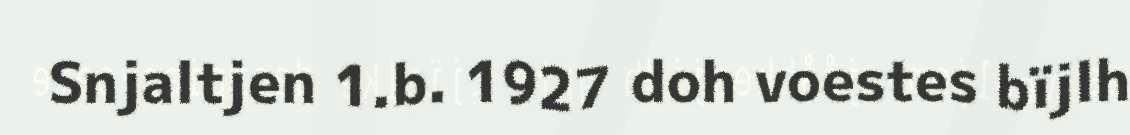
Snjaltjen 1.b. 1927 doh voestes bïjlh